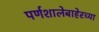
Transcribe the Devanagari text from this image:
पर्णशालेबाहेरच्या